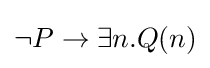
\neg P\to \exists n.Q(n)